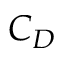
C _ { D }